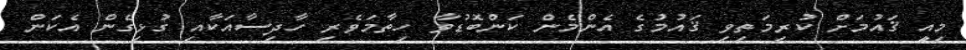
މިއީ ޤައުމަށް ކުރިމަތިވި ޤައުމުގެ އެންމެން ކަންބޮޑުވާ ހިތާމަވެރި ހާދިސާއަކާއި ގުޅިގެން އެކަން